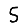
Digit: 5